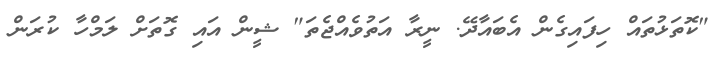
"ކޮތަޅުތައް ހިފައިގެން އެބައާދޭ. ނީރާ އަތުވެއްޖެތަ" ޝީން އައި ގޮތަށް ލަމްހާ ކުރަން